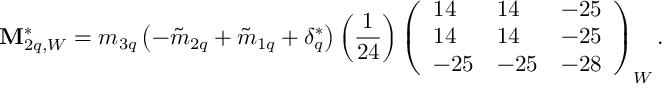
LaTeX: { \bf M } _ { 2 q , W } ^ { * } = m _ { 3 q } \left( - \tilde { m } _ { 2 q } + \tilde { m } _ { 1 q } + \delta _ { q } ^ { * } \right) \left( \frac { 1 } { 2 4 } \right) \left( \begin{array} { l l l } { { 1 4 } } & { { 1 4 } } & { { - 2 5 } } \\ { { 1 4 } } & { { 1 4 } } & { { - 2 5 } } \\ { { - 2 5 } } & { { - 2 5 } } & { { - 2 8 } } \end{array} \right) _ { W } .